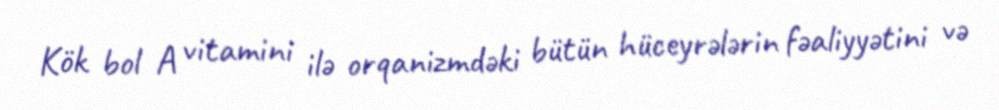
Kök bol A vitamini ilə orqanizmdəki bütün hüceyrələrin fəaliyyətini və